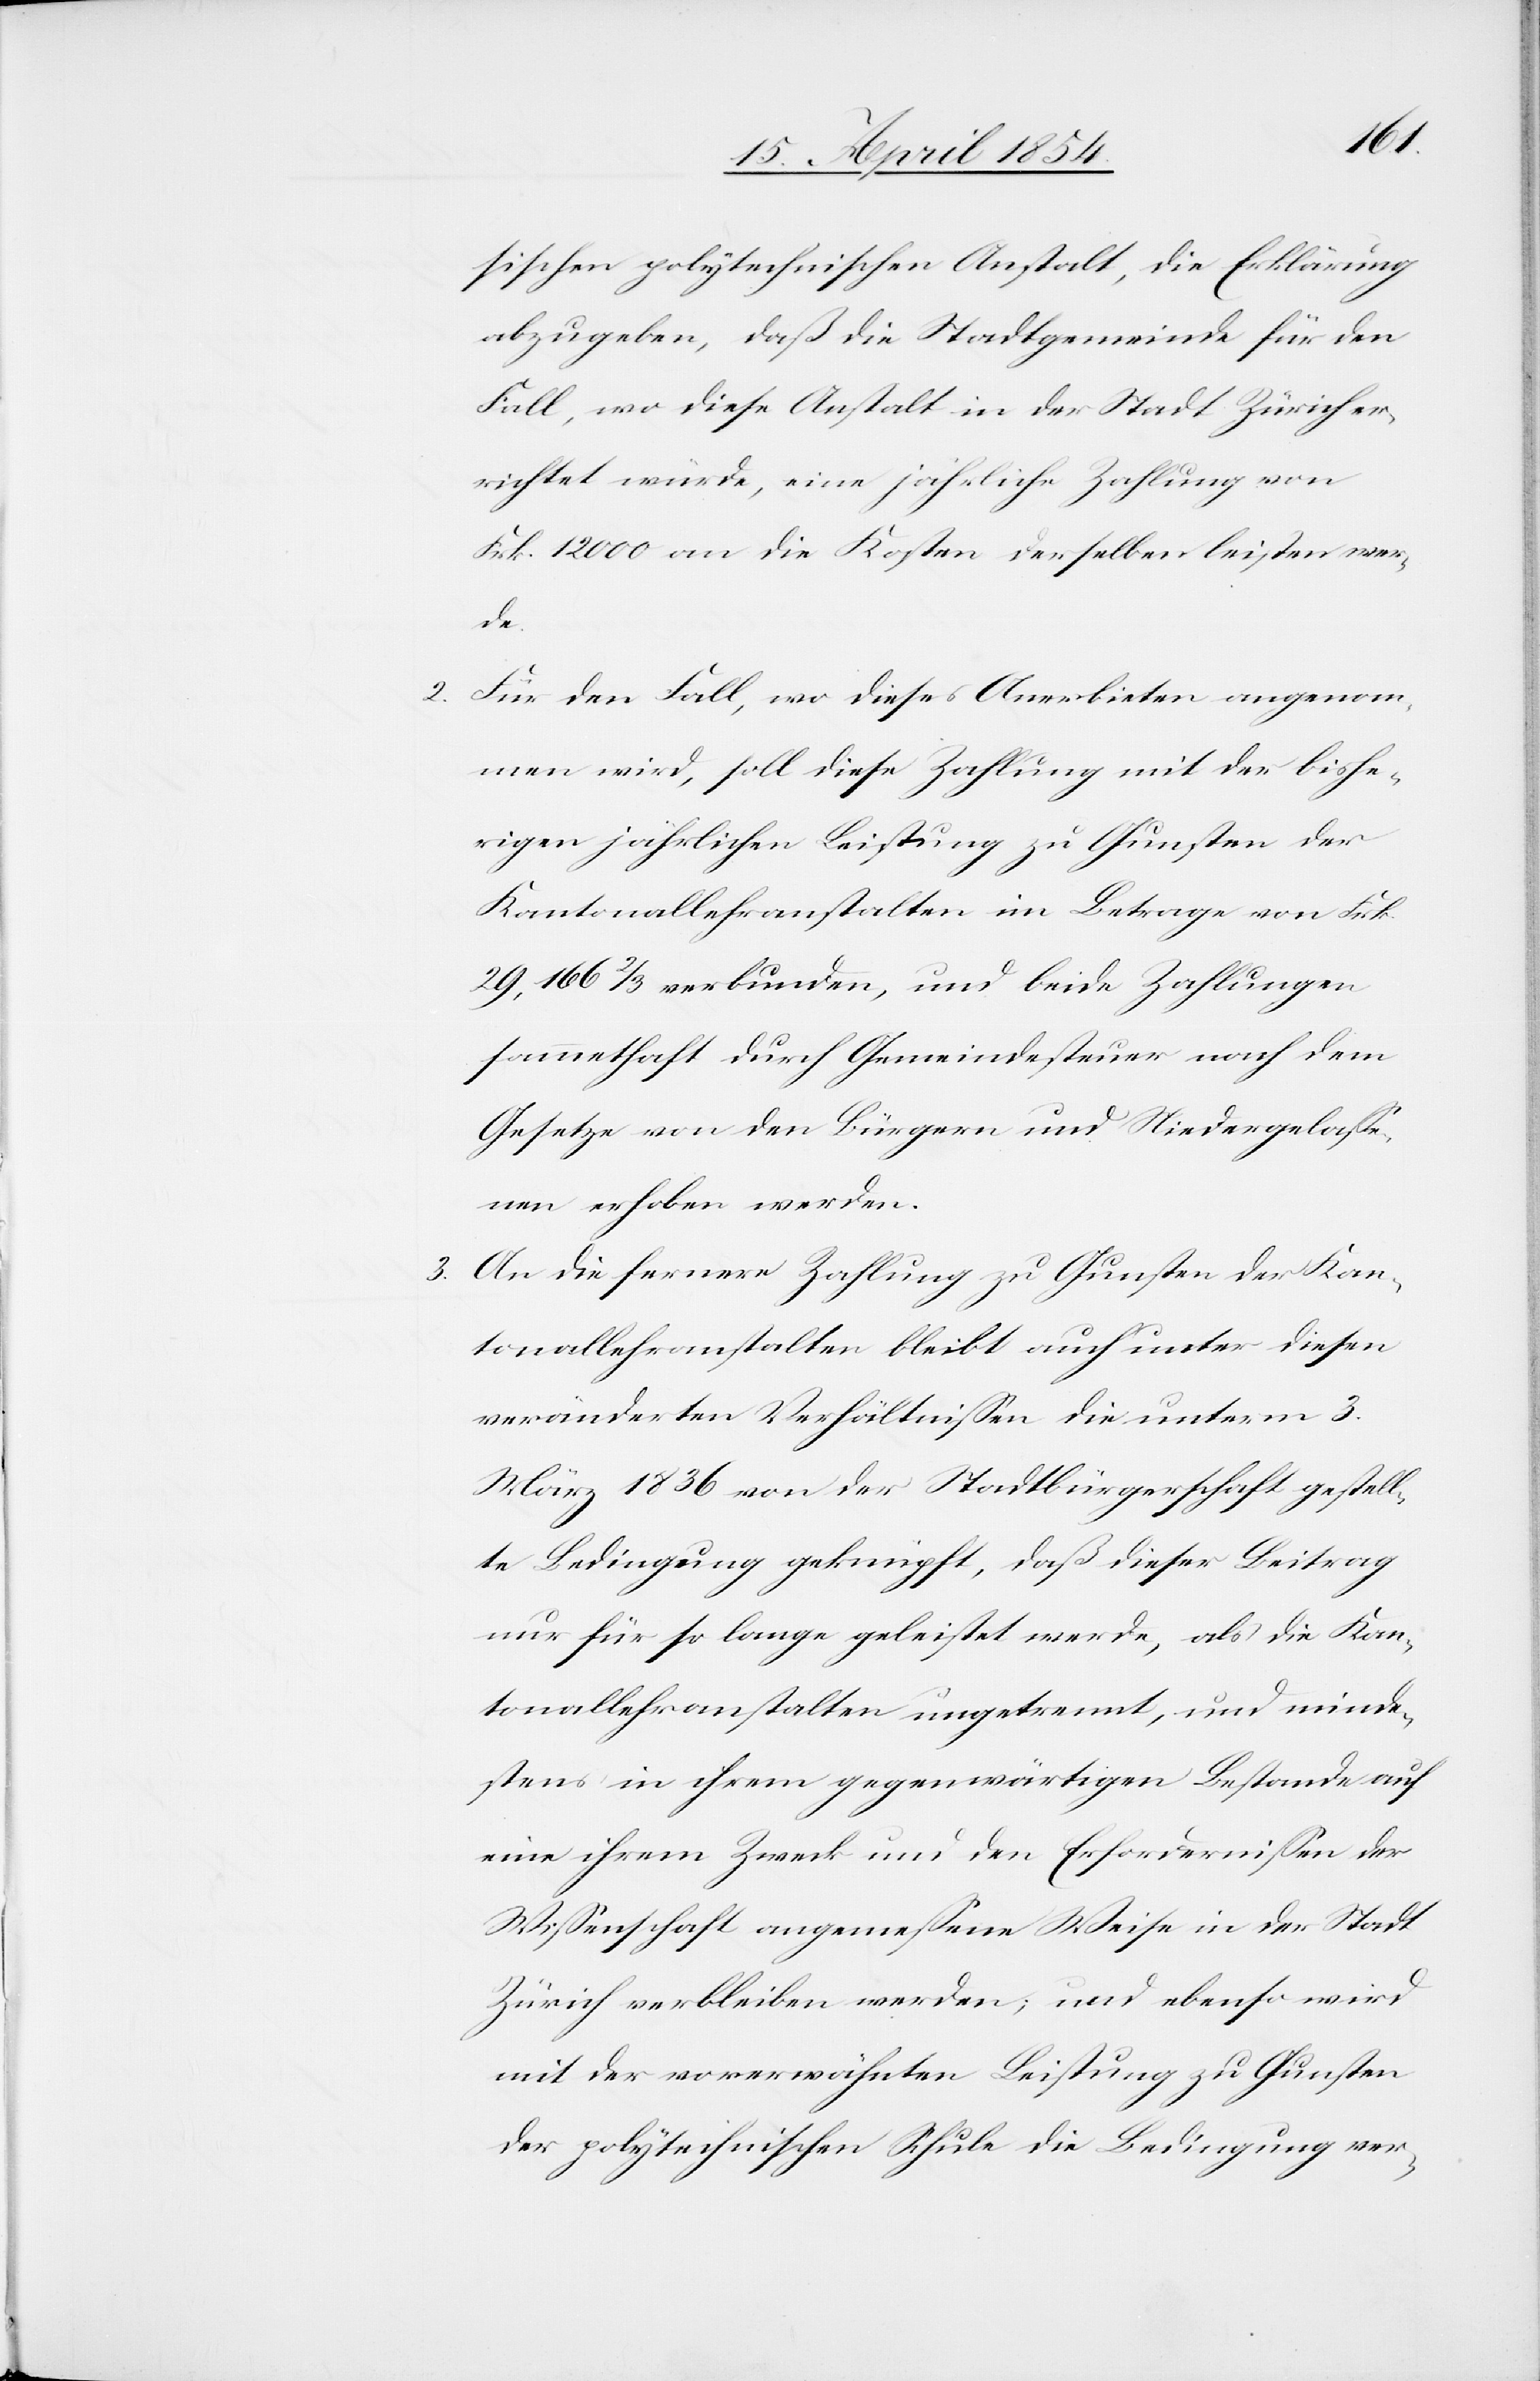
sichen polytechnischen Anstalt, die Erklärung
abzugeben, daß die Stadtgemeinde für den
Fall, wo diese Anstalt in der Stadt Zürich er¬
richtet würde, eine jährliche Zahlung von
Frk. 12 000 an die Kosten derselben leisten wer¬
de.
2. Für den Fall, wo dieses Anerbieten angenom¬
men wird, soll diese Zahlung mit der bishe¬
rigen jährlichen Leistung zu Gunsten der
Kantonallehranstalten im Betrage von Frk.
29,166 2/3 verbunden, und beide Zahlungen
sammethaft durch Gemeindesteuer nach dem
Gesetze von den Bürgern und Niedergelaße¬
nen erhoben werden.
3. An die fernere Zahlung zu Gunsten der Kan¬
tonallehranstalten bleibt auch unter diesen
veränderten Verhältnißen die unterm 3.
März 1836 von der Stadtbürgerschaft gestell¬
te Bedingung geknüpft, daß dieser Beitrag
nur für so lange geleistet werde, als die Kan¬
tonallehranstalten ungetrennt, und minde¬
stens in ihrem gegenwärtigen Bestande auf
eine ihrem Zweck und den Erfordernißen der
Wißenschaft angemeßenen Weise in der Stadt
Zürich verbleiben werden; und ebenso wird
mit der vorerwähnten Leistung zu Gunsten
der polytechnischen Schule die Bedingung ver-